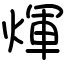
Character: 煇